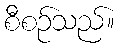
စီစဉ်သည်။